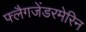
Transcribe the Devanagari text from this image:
फ्लैगजेंडरमेरिन